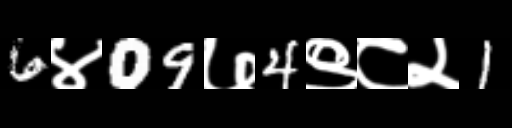
Text: 6४09७4९८२1